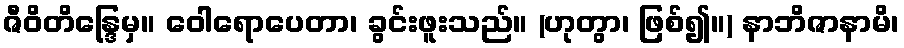
ဇီဝိတိန္ဒြေမှ။ ဝေါရောပေတာ၊ ခွင်းဖူးသည်။ (ဟုတွာ၊ ဖြစ်၍။) နာဘိဇာနာမိ၊